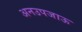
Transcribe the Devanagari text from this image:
अनउपजाऊ